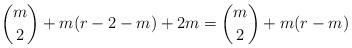
LaTeX: \begin{align*}\binom{m}{2} + m(r-2-m) + 2m = \binom{m}{2} + m(r-m)\end{align*}